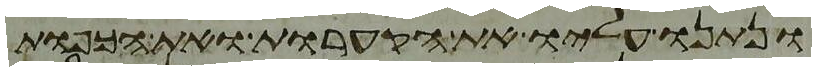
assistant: ונתנו עליו את הקערות ואת הכפות